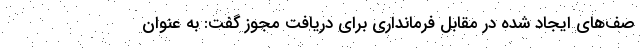
صف‌های ایجاد شده در مقابل فرمانداری برای دریافت مجوز گفت: به عنوان